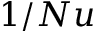
1 / N u